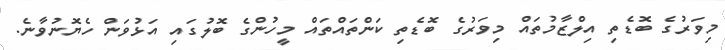
މިވަރުގެ ބޮޑެތި އިލްޒާމުތައް މިވަރުގެ ބޮޑެތި ކަންތައްތައް މީހުންގެ ބޮލުގައި އަޅުވަން ހެޔޮނުވާނެ.